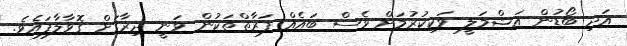
އަދި ބޯޑުން އަޝްމަލީ ވަކިކުރުމަށް ވެސް ބައެއް ފަރާތްތަކުން ވަނީ ދިރާގަށް ގޮވާލާފައެވެ.